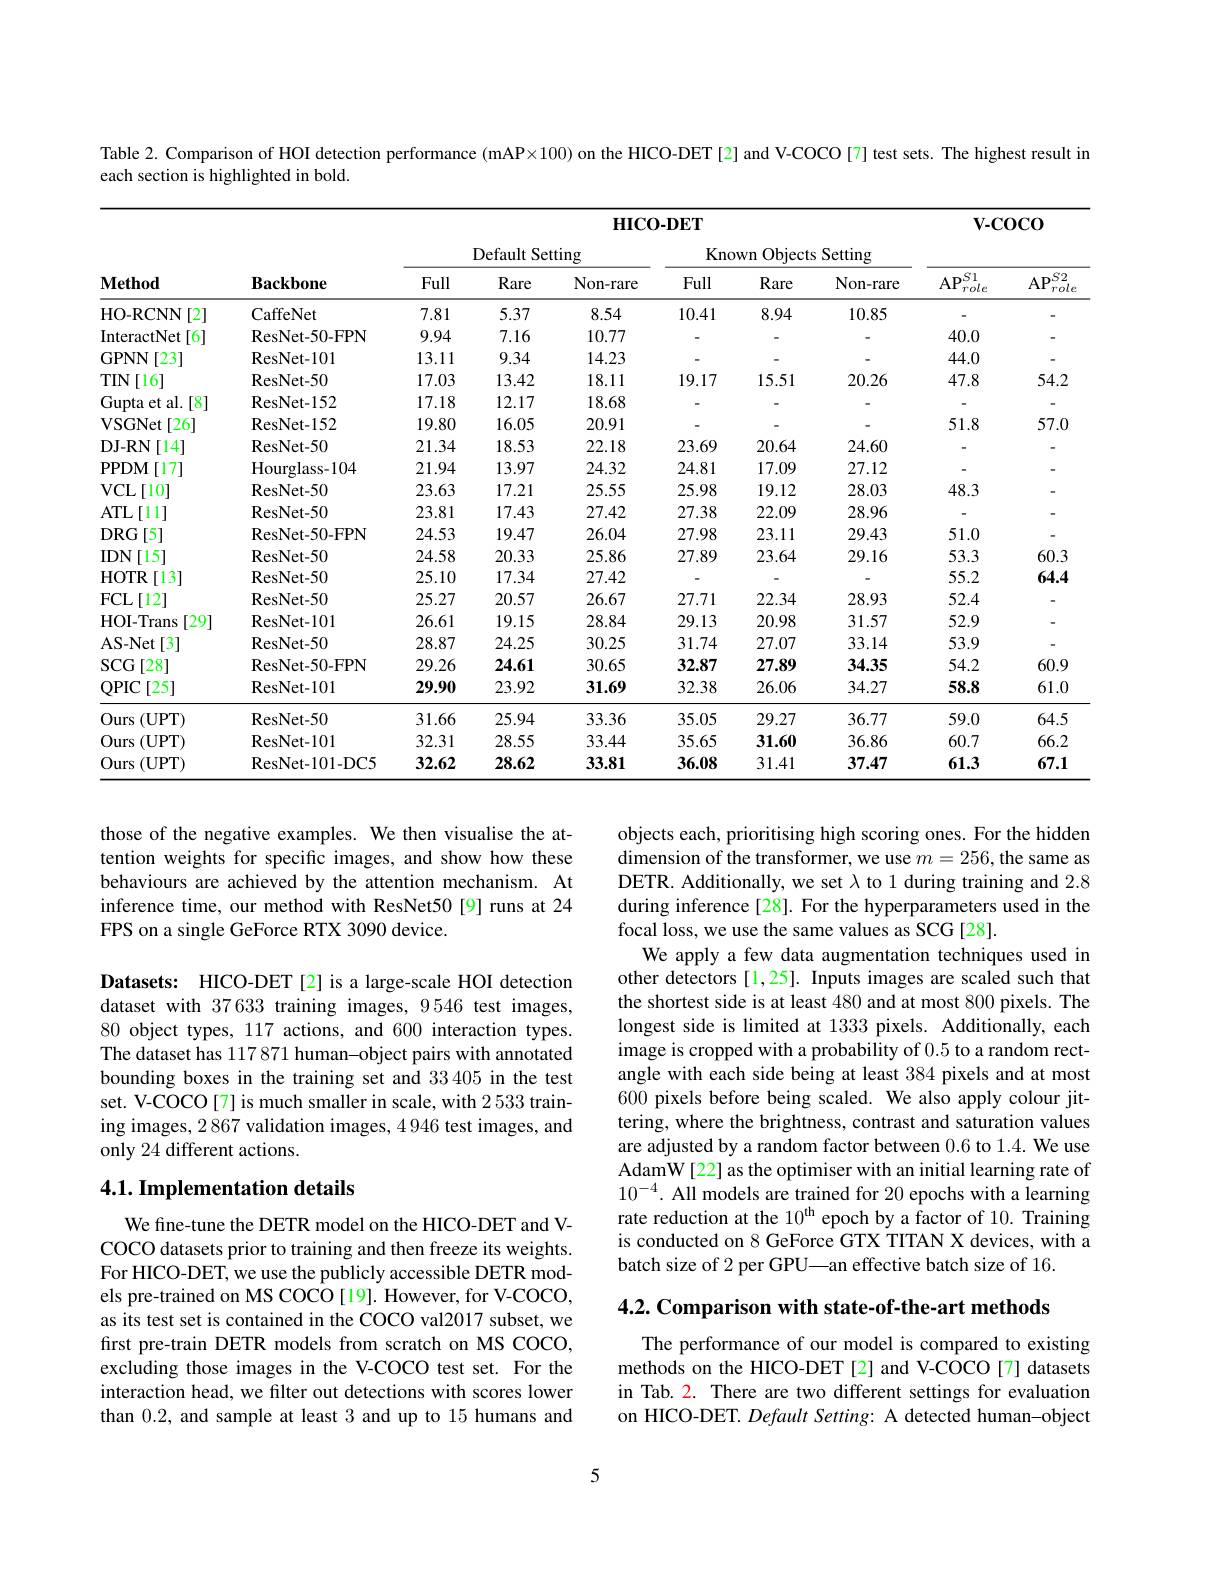
Table 2. Comparison of HOI detection performance (mAP×100) on the HICO-DET[2] and V-COCO[7] test sets. The highest result in
each section is highlighted in bold.

<table>
	<tbody>
		<tr>
			<th rowspan="3">$\mathbf{Method}$</th>
			<th rowspan="3">$\mathbf{Backbone}$</th>
			<th colspan="6">${\mathrm{HICO-DET}}$</th>
			<th colspan="2">$\mathbf{V-COCO}$</th>
		</tr>
		<tr>
			<th rowspan="2">Default Setting</th>
			<th rowspan="1">Default Setting</th>
			<th colspan="3">Known Objects Setting</th>
			<th rowspan="1">$\mathbf{V-COCO}$</th>
			<th rowspan="2">$AP^{S2}$, $rol\epsilon$</th>
		</tr>
		<tr>
			<th>Full</th>
			<th>Rare</th>
			<th>Non-rare</th>
			<th>Full</th>
			<th>Rare</th>
			<th>Non-rare</th>
			<th>$\overline{\mathrm{AP}_{role}^{S1}}$</th>
		</tr>
		<tr>
			<td>HO-RCNN [2]</td>
			<td>CaffeNet</td>
			<td>7.81</td>
			<td>5.37</td>
			<td>8.54</td>
			<td>10.41</td>
			<td>8.94</td>
			<td>10.85</td>
			<td> </td>
			<td> </td>
		</tr>
		<tr>
			<td>InteractNet [6]</td>
			<td>ResNet- 50- FPN</td>
			<td>9.94</td>
			<td>7.16</td>
			<td>10.77</td>
			<td> </td>
			<td> </td>
			<td> </td>
			<td>40.0</td>
			<td> </td>
		</tr>
		<tr>
			<td>GPNN [23]</td>
			<td>ResNet- 101</td>
			<td>13.11</td>
			<td>9.34</td>
			<td>14.23</td>
			<td> </td>
			<td> </td>
			<td> </td>
			<td>44.0</td>
			<td> </td>
		</tr>
		<tr>
			<td>$TIN$ [16]</td>
			<td>ResNet- 50</td>
			<td>17.03</td>
			<td>13.42</td>
			<td>18.11</td>
			<td>19.17</td>
			<td>15.51</td>
			<td>20.26</td>
			<td>47.8</td>
			<td>54.2</td>
		</tr>
		<tr>
			<td>Gupta et al. $\cdot[8]$ 1</td>
			<td>ResNet- 152</td>
			<td>17.18</td>
			<td>12.17</td>
			<td>18.68</td>
			<td> </td>
			<td> </td>
			<td> </td>
			<td> </td>
			<td> </td>
		</tr>
		<tr>
			<td>VSGNet [26]</td>
			<td>ResNet- 152</td>
			<td>19.80</td>
			<td>16.05</td>
			<td>20.91</td>
			<td> </td>
			<td> </td>
			<td> </td>
			<td>51.8</td>
			<td>57.0</td>
		</tr>
		<tr>
			<td>$\mathbf{DJ-RN}$ $[14^{-}]$</td>
			<td>ResNet- 50</td>
			<td>21.34</td>
			<td>18.53</td>
			<td>22.18</td>
			<td>23.69</td>
			<td>20.64</td>
			<td>24.60</td>
			<td> </td>
			<td> </td>
		</tr>
		<tr>
			<td>$\mathbf{PPDM}$ [17]</td>
			<td>Hourglass-104</td>
			<td>21.94</td>
			<td>13.97</td>
			<td>24.32</td>
			<td>24.81</td>
			<td>17.09</td>
			<td>27.12</td>
			<td> </td>
			<td> </td>
		</tr>
		<tr>
			<td>$VCL$ [10]</td>
			<td>ResNet- 50</td>
			<td>23.63</td>
			<td>17.21</td>
			<td>25.55</td>
			<td>25.98</td>
			<td>19.12</td>
			<td>28.03</td>
			<td>48.3</td>
			<td> </td>
		</tr>
		<tr>
			<td>$ATL$ [11]</td>
			<td>ResNet- 50</td>
			<td>23.81</td>
			<td>17.43</td>
			<td>27.42</td>
			<td>27.38</td>
			<td>22.09</td>
			<td>28.96</td>
			<td> </td>
			<td> </td>
		</tr>
		<tr>
			<td>$DRG$ $i[5]$</td>
			<td>ResNet- 50- FPN</td>
			<td>24.53</td>
			<td>19.47</td>
			<td>26.04</td>
			<td>27.98</td>
			<td>23.11</td>
			<td>29.43</td>
			<td>51.0</td>
			<td> </td>
		</tr>
		<tr>
			<td>[15] $IDN$ 1 1 </td>
			<td>ResNet- 50</td>
			<td>24.58</td>
			<td>20.33</td>
			<td>25.86</td>
			<td>27.89</td>
			<td>23.64</td>
			<td>29.16</td>
			<td>53.3</td>
			<td>60.3</td>
		</tr>
		<tr>
			<td>HOTR [13]</td>
			<td>ResNet- 50</td>
			<td>25.10</td>
			<td>17.34</td>
			<td>27.42</td>
			<td> </td>
			<td> </td>
			<td> </td>
			<td>55.2</td>
			<td>64.4</td>
		</tr>
		<tr>
			<td>$FCL$ $L[12]$</td>
			<td>ResNet- 50</td>
			<td>25.27</td>
			<td>20.57</td>
			<td>26.67</td>
			<td>27.71</td>
			<td>22.34</td>
			<td>28.93</td>
			<td>52.4</td>
			<td> </td>
		</tr>
		<tr>
			<td>HOI- Trans [29]</td>
			<td>ResNet- 101</td>
			<td>26.61</td>
			<td>19.15</td>
			<td>28.84</td>
			<td>29.13</td>
			<td>20.98</td>
			<td>31.57</td>
			<td>52.9</td>
			<td> </td>
		</tr>
		<tr>
			<td>AS- Net [3]</td>
			<td>ResNet- 50</td>
			<td>28.87</td>
			<td>24.25</td>
			<td>30.25</td>
			<td>31.74</td>
			<td>27.07</td>
			<td>33.14</td>
			<td>53.9</td>
			<td> </td>
		</tr>
		<tr>
			<td>$SCG$ [28]</td>
			<td>ResNet- 50- FPN</td>
			<td>29.26</td>
			<td>24.61</td>
			<td>30.65</td>
			<td>32.87</td>
			<td>27.89</td>
			<td>34.35</td>
			<td>54.2</td>
			<td>60.9</td>
		</tr>
		<tr>
			<td>QPIC$\left [ 25\right ]$</td>
			<td>ResNet- 101</td>
			<td>29.90</td>
			<td>23.92</td>
			<td>31.69</td>
			<td>32.38</td>
			<td>26.06</td>
			<td>34.27</td>
			<td>58.8</td>
			<td>61.0</td>
		</tr>
		<tr>
			<td>Ours $(\mathbf{UPT})$</td>
			<td>ResNet- 50</td>
			<td>31.66</td>
			<td>25.94</td>
			<td>33.36</td>
			<td>35.05</td>
			<td>29.27</td>
			<td>36.77</td>
			<td>59.0</td>
			<td>64.5</td>
		</tr>
		<tr>
			<td>Ours $(\mathbf{UPT})$</td>
			<td>ResNet- 101</td>
			<td>32.31</td>
			<td>28.55</td>
			<td>33.44</td>
			<td>35.65</td>
			<td>31.60</td>
			<td>36.86</td>
			<td>60.7</td>
			<td>66.2</td>
		</tr>
		<tr>
			<td>Ours $(\mathbf{UPT})$</td>
			<td>ResNet- 101- DC5</td>
			<td>32.62</td>
			<td>28.62</td>
			<td>33.81</td>
			<td>36.08</td>
			<td>31.41</td>
			<td>37.47</td>
			<td>61.3</td>
			<td>67.1</td>
		</tr>
	</tbody>
</table>

those of the negative examples. We then visualise the attention weights for specific images, and show how these behaviours are achieved by the attention mechanism. At inference time, our method with ResNet50[9] runs at 24 FPS on a single GeForce RTX 3090 device.

objects each, prioritising high scoring ones. For the hidden dimension of the transformer, we use $m=256$, the same as DETR. Additionally, we set $\lambda$ to 1 during training and 2.8 during inference [28]. For the hyperparameters used in the focal loss, we use the same values as SCG [28].
We apply a few data augmentation techniques used in other detectors [1,25]. Inputs images are scaled such that the shortest side is at least 480 and at most 800 pixels. The longest side is limited at 1333 pixels. Additionally, each image is cropped with a probability of 0.5 to a random rectangle with each side being at least 384 pixels and at most 600 pixels before being scaled. We also apply colour jittering, where the brightness, contrast and saturation values are adjusted by a random factor between 0.6 to 1.4. We use AdamW[22] as the optimiser with an initial learning rate of $10^{-4}.$ All models are trained for 20 epochs with a learning rate reduction at the 10$^\mathrm{th}$ epoch by a factor of 10. Training is conducted on 8 GeForce GTX TITAN X devices, with a batch size of 2 per GPU—an effective batch size of 16.

Datasets: HICO-DET[2] is a large-scale HOI detection dataset with 37633 training images, 9546 test images, 80 object types, 117 actions, and 600 interaction types. The dataset has 117 871 human-object pairs with annotated bounding boxes in the training set and 33405 in the test set. V-COCO[7] is much smaller in scale, with 2533 training images, 2 867 validation images, 4 946 test images, and only 24 different actions.

## $4. 1. \textbf{Implementation details}$

4.2. Comparison with state-of-the-art methods

We fine-tune the DETR model on the HICO-DET and VCOCO datasets prior to training and then freeze its weights. For HICO-DET, we use the publicly accessible DETR models pre-trained on MS COCO [19]. However, for V-COCO, as its test set is contained in the COCO val2017 subset, we first pre-train DETR models from scratch on MS COCO, excluding those images in the V-COCO test set. For the interaction head, we filter out detections with scores lower than 0.2, and sample at least 3 and up to 15 humans and

The performance of our model is compared to existing methods on the HICO-DET[2] and V-COCO[7] datasets in Tab. 2. There are two different settings for evaluation on HICO-DET. Default Setting: A detected human-object

5